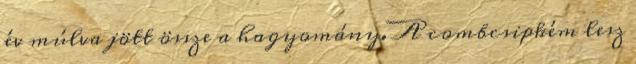
év múlva jött össze a hagyomány. A combcsipkém lesz